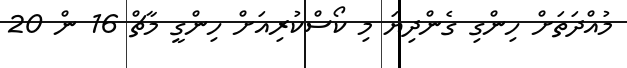
މުއްދަތަށް ހިންގި ގެންދިޔަ މި ކޯސްކުރިއަށް ހިންގީ މާޗް 16 ން 20